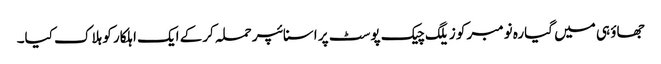
جھاؤ ہی میں گیارہ نومبر کو زیلگ چیک پوسٹ پر اسنائپر حملہ کرکے ایک اہلکار کو ہلاک کیا۔